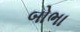
બોભા